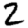
Digit: 2